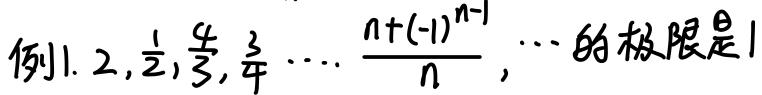
例1. $2, \frac{1}{2}, \frac{4}{3}, \frac{3}{4}, \cdots, \frac{n + (-1)^{n - 1}}{n}, \cdots$ 的极限是1